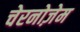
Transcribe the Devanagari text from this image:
चेरनोज़ेम